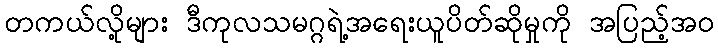
တကယ်လို့များ ဒီကုလသမဂ္ဂရဲ့အရေးယူပိတ်ဆိုမှုကို အပြည့်အ၀